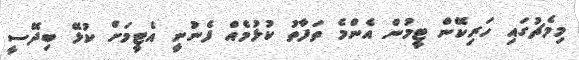
މިމެޗުގައި ހަރިކޭން ޓީމުން އެންމެ ތަފާތު ކުޅުމެއް ފެނުނީ އެޓީމަށް ކުޅޭ ބިދޭސީ